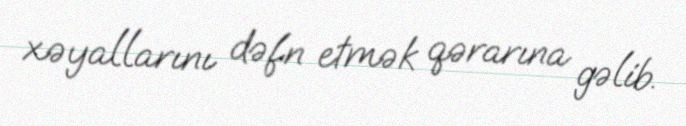
xəyallarını dəfn etmək qərarına gəlib.